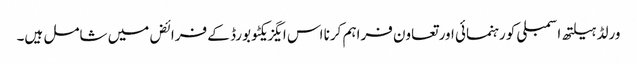
ورلڈ ہیلتھ اسمبلی کو رہنمائی اور تعاون فراہم کرنا اس ایگزیکٹو بورڈ کے فرائض میں شامل ہیں۔